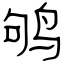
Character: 鸲